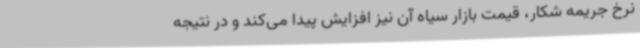
نرخ جریمه شکار، قیمت‌ بازار سیاه آن نیز افزایش پیدا می‌کند و در نتیجه